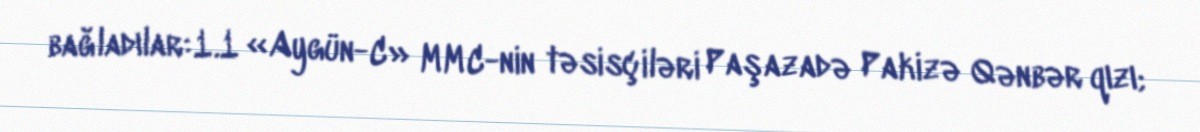
bağladılar:1.1 «Aygün-C» MMC-nin təsisçiləri Paşazadə Pakizə Qənbər qızı;